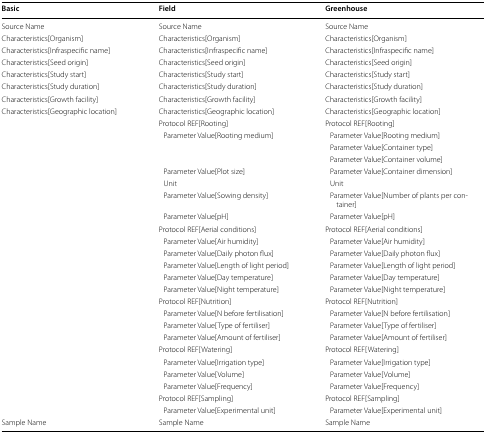
<table><thead><tr><td><b>Basic</b></td><td><b>Field</b></td><td><b>Greenhouse</b></td></tr></thead><tbody><tr><td>Source Name</td><td>Source Name</td><td>Source Name</td></tr><tr><td>Characteristics[Organism]</td><td>Characteristics[Organism]</td><td>Characteristics[Organism]</td></tr><tr><td>Characteristics[Infraspecific name]</td><td>Characteristics[Infraspecific name]</td><td>Characteristics[Infraspecific name]</td></tr><tr><td>Characteristics[Seed origin]</td><td>Characteristics[Seed origin]</td><td>Characteristics[Seed origin]</td></tr><tr><td>Characteristics[Study start]</td><td>Characteristics[Study start]</td><td>Characteristics[Study start]</td></tr><tr><td>Characteristics[Study duration]</td><td>Characteristics[Study duration]</td><td>Characteristics[Study duration]</td></tr><tr><td>Characteristics[Growth facility]</td><td>Characteristics[Growth facility]</td><td>Characteristics[Growth facility]</td></tr><tr><td>Characteristics[Geographic location]</td><td>Characteristics[Geographic location]</td><td>Characteristics[Geographic location]</td></tr><tr><td></td><td>Protocol REF[Rooting]</td><td>Protocol REF[Rooting]</td></tr><tr><td></td><td> Parameter Value[Rooting medium]</td><td> Parameter Value[Rooting medium]</td></tr><tr><td></td><td></td><td> Parameter Value[Container type]</td></tr><tr><td></td><td></td><td> Parameter Value[Container volume]</td></tr><tr><td></td><td> Parameter Value[Plot size]</td><td> Parameter Value[Container dimension]</td></tr><tr><td></td><td> Unit</td><td> Unit</td></tr><tr><td></td><td> Parameter Value[Sowing density]</td><td> Parameter Value[Number of plants per container]</td></tr><tr><td></td><td> Parameter Value[pH]</td><td> Parameter Value[pH]</td></tr><tr><td></td><td>Protocol REF[Aerial conditions]</td><td>Protocol REF[Aerial conditions]</td></tr><tr><td></td><td> Parameter Value[Air humidity]</td><td> Parameter Value[Air humidity]</td></tr><tr><td></td><td> Parameter Value[Daily photon flux]</td><td> Parameter Value[Daily photon flux]</td></tr><tr><td></td><td> Parameter Value[Length of light period]</td><td> Parameter Value[Length of light period]</td></tr><tr><td></td><td> Parameter Value[Day temperature]</td><td> Parameter Value[Day temperature]</td></tr><tr><td></td><td> Parameter Value[Night temperature]</td><td> Parameter Value[Night temperature]</td></tr><tr><td></td><td>Protocol REF[Nutrition]</td><td>Protocol REF[Nutrition]</td></tr><tr><td></td><td> Parameter Value[N before fertilisation]</td><td> Parameter Value[N before fertilisation]</td></tr><tr><td></td><td> Parameter Value[Type of fertiliser]</td><td> Parameter Value[Type of fertiliser]</td></tr><tr><td></td><td> Parameter Value[Amount of fertiliser]</td><td> Parameter Value[Amount of fertiliser]</td></tr><tr><td></td><td>Protocol REF[Watering]</td><td>Protocol REF[Watering]</td></tr><tr><td></td><td> Parameter Value[Irrigation type]</td><td> Parameter Value[Irrigation type]</td></tr><tr><td></td><td> Parameter Value[Volume]</td><td> Parameter Value[Volume]</td></tr><tr><td></td><td> Parameter Value[Frequency]</td><td> Parameter Value[Frequency]</td></tr><tr><td></td><td>Protocol REF[Sampling]</td><td>Protocol REF[Sampling]</td></tr><tr><td></td><td> Parameter Value[Experimental unit]</td><td> Parameter Value[Experimental unit]</td></tr><tr><td>Sample Name</td><td>Sample Name</td><td>Sample Name</td></tr></tbody></table>